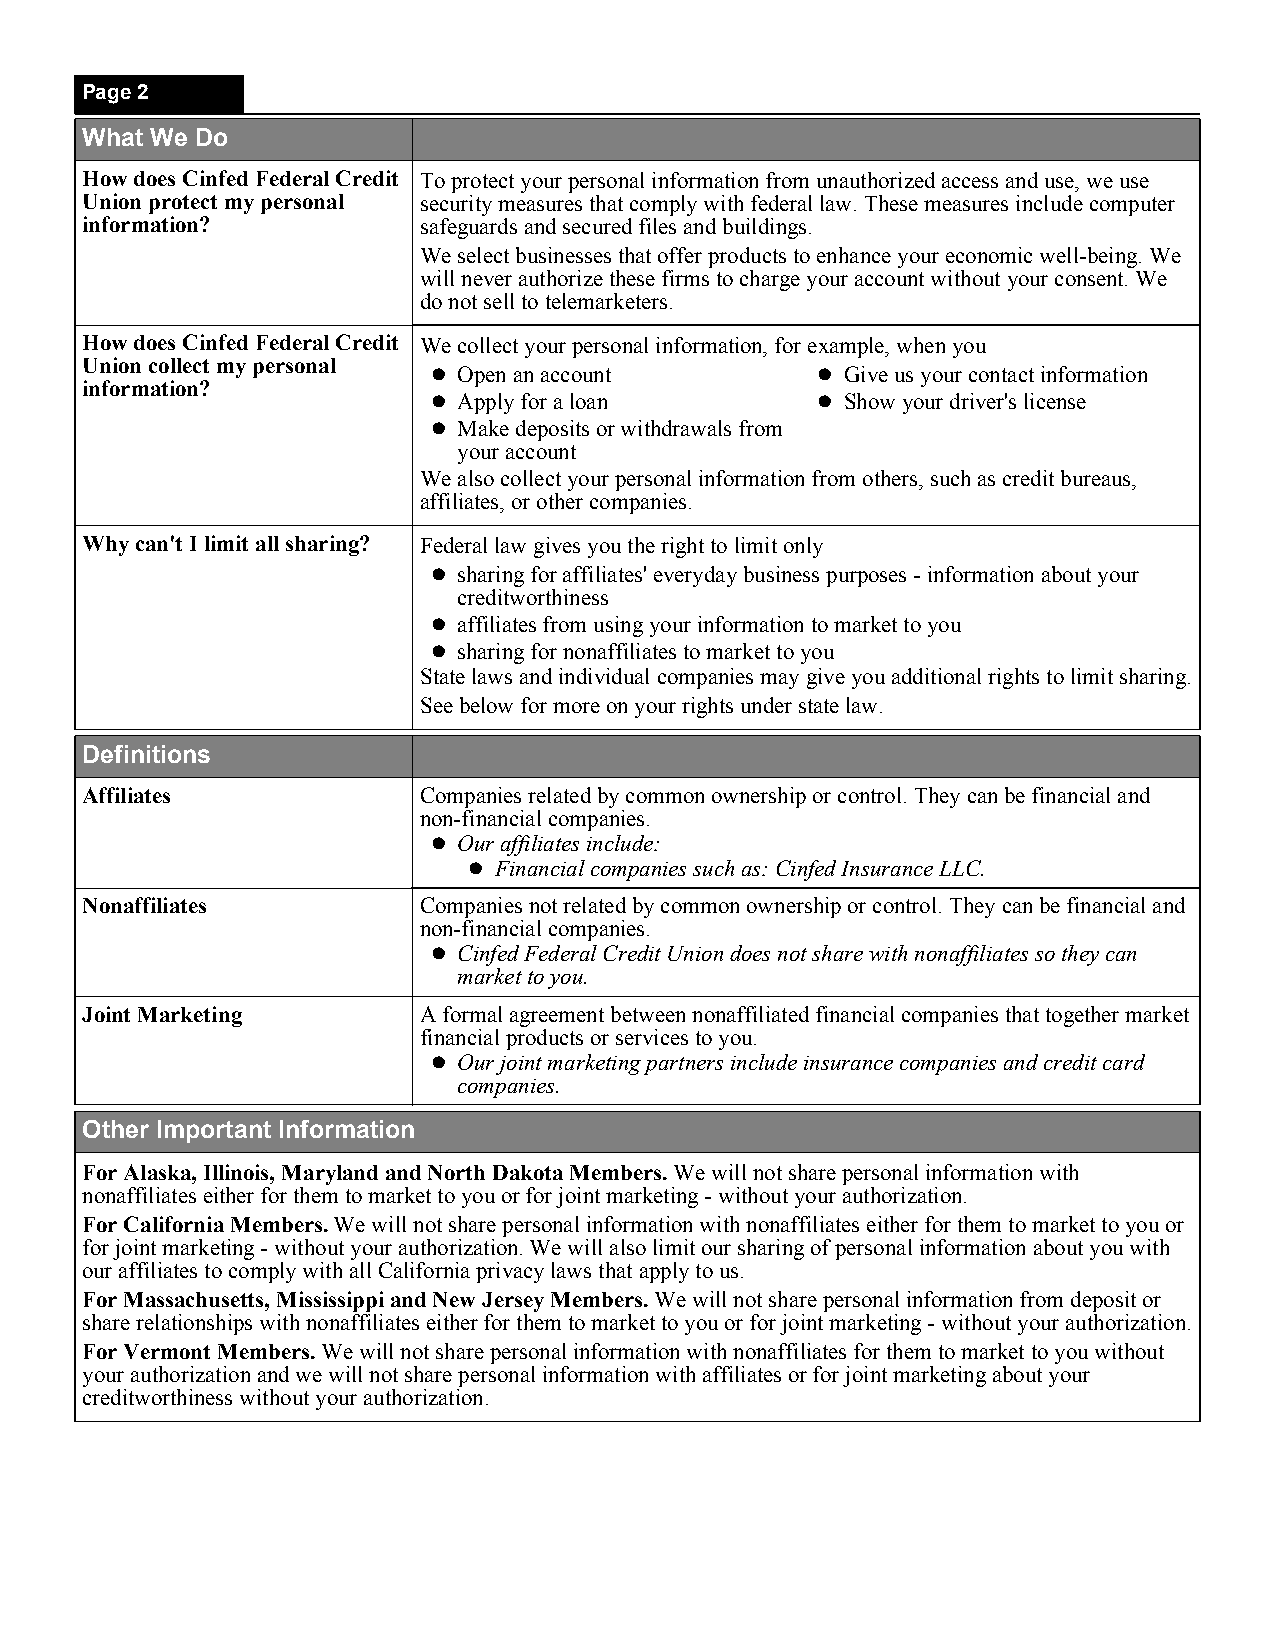
Page 2
 What We Do
 How does Cinfed Federal Credit To protect your personal information from unauthorized access and use, we use
 Union protect my personal security measures that comply with federal law. These measures include computer
 information?           safeguards and secured files and buildings.
 We select businesses that offer products to enhance your economic well-being. We
 will never authorize these firms to charge your account without your consent. We
 do not sell to telemarketers.
 How does Cinfed Federal Credit We collect your personal information, for example, when you
 Union collect my personal
 • Open an account        • Give us your contact information
 information?
 • Apply for a loan       • Show your driver's license
 • Make deposits or withdrawals from
 your account
 We also collect your personal information from others, such as credit bureaus,
 affiliates, or other companies.
 Why can't I limit all sharing? Federal law gives you the right to limit only
 • sharing for affiliates' everyday business purposes - information about your
 creditworthiness
 • affiliates from using your information to market to you
 • sharing for nonaffiliates to market to you
 State laws and individual companies may give you additional rights to limit sharing.
 See below for more on your rights under state law.
 Definitions
 Affiliates             Companies related by common ownership or control. They can be financial and
 non-financial companies.
 • Our affiliates include:
 • Financial companies such as: Cinfed Insurance LLC.
 Nonaffiliates          Companies not related by common ownership or control. They can be financial and
 non-financial companies.
 • Cinfed Federal Credit Union does not share with nonaffiliates so they can
 market to you.
 Joint Marketing        A formal agreement between nonaffiliated financial companies that together market
 financial products or services to you.
 • Our joint marketing partners include insurance companies and credit card
 companies.
 Other Important Information
 For Alaska, Illinois, Maryland and North Dakota Members. We will not share personal information with
 nonaffiliates either for them to market to you or for joint marketing - without your authorization.
 For California Members. We will not share personal information with nonaffiliates either for them to market to you or
 for joint marketing - without your authorization. We will also limit our sharing of personal information about you with
 our affiliates to comply with all California privacy laws that apply to us.
 For Massachusetts, Mississippi and New Jersey Members. We will not share personal information from deposit or
 share relationships with nonaffiliates either for them to market to you or for joint marketing - without your authorization.
 For Vermont Members. We will not share personal information with nonaffiliates for them to market to you without
 your authorization and we will not share personal information with affiliates or for joint marketing about your
 creditworthiness without your authorization.